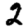
Digit: 2